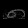
Digit: ၈